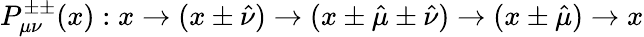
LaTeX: P_{\mu\nu}^{\pm\pm}(x):x\rightarrow(x\pm\hat{\nu})\rightarrow(x\pm\hat{\mu}\pm\hat{\nu})\rightarrow(x\pm\hat{\mu})\rightarrow x